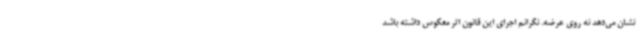
نشان می‌دهد نه روی عرضه. نگرانم اجرای این قانون اثر معکوس داشته باشد